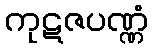
ကုဋဇပဏ္ဏံ